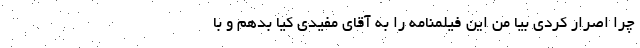
چرا اصرار کردی بیا من این فیلمنامه را به آقای مفیدی کیا بدهم و با